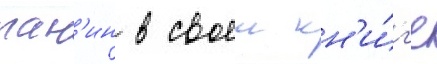
пан'ин в своеи кн'и́г'е